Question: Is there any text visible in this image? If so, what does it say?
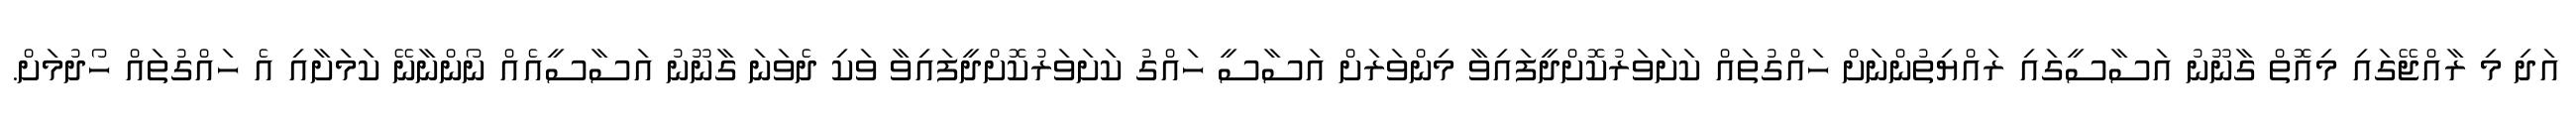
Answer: އަދި މި ރާއްޖޭގައި މިއޮތް ގާނޫނު އަސާސީގައި ރައްޔިތުންނަށް ހައްގުތައް ކަށަވަރުކޮށްދީފައިވާ މިންވަރަށް އަސާސީ ހައްގު ކަށަވަރުކޮށްދީފައިވާ ވަކި ދެވަނަ ގާނޫނު އަސާސީއެއް ނޯންނާނޭ ކަމަށާއި އެ ހައްގުތައް ހޯދުމަށް.